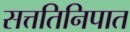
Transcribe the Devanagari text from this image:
सत्ततिनिपात